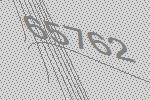
65762